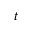
t